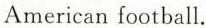
American football.